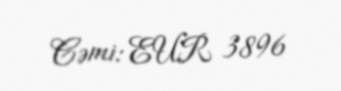
Cəmi: EUR 3896